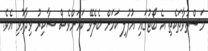
މަސްތުވާތަކެތި އެ ބޯޓުގައި އުފުލި ކަމަށް ބެލެވޭ ކަމަށްވެސް ޝާކިރު ވިދާޅުވި އެވެ.